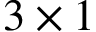
3 \times 1